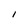
Character: I